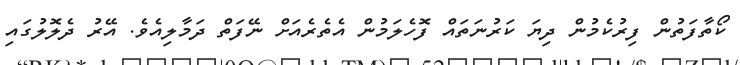
ކޯތާފަތުން ފިރުކެމުން ދިޔަ ކަރުނަތައް ފޮހެލަމުން އެތެރެއަށް ނޭފަތް ދަމާލިއެވެ. އޭރު ދެލޮލުގައި